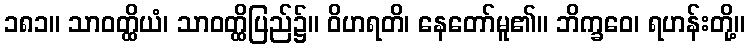
၁၈၁။ သာဝတ္ထိယံ၊ သာဝတ္ထိပြည်၌။ ဝိဟရတိ၊ နေတော်မူ၏။ ဘိက္ခဝေ၊ ရဟန်းတို့။